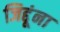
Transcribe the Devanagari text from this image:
जिद्दूंना